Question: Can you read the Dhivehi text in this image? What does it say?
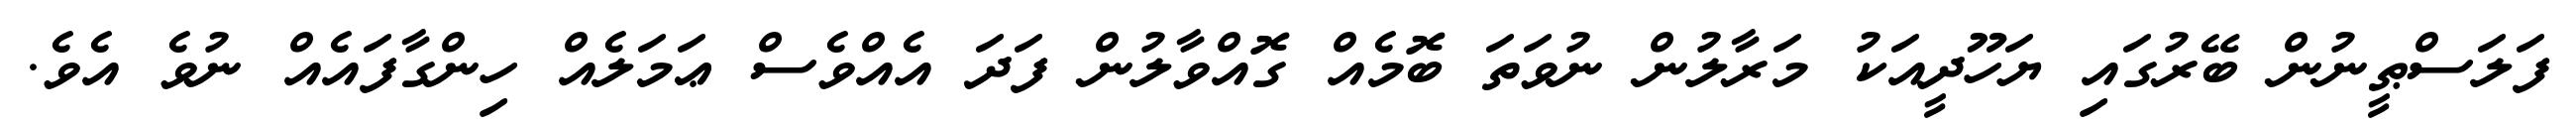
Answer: ފަލަސްޠީނުން ބޭރުގައި ޔަހޫދީއަކު މަރާލުން ނުވަތަ ބޮމެއް ގޮއްވާލުން ފަދަ އެއްވެސް ޢަމަލެއް ހިންގާފައެއް ނުވެ އެވެ.